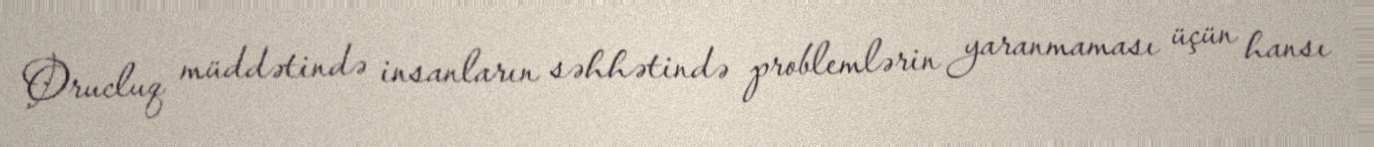
Orucluq müddətində insanların səhhətində problemlərin yaranmaması üçün hansı